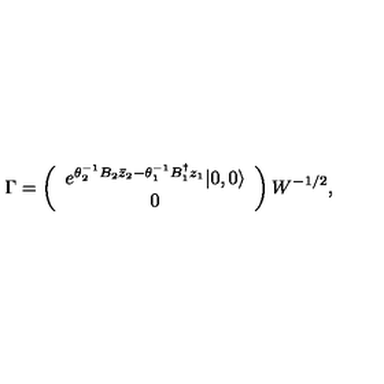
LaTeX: \Gamma = \left( \begin{array} { c } { e ^ { \theta _ { 2 } ^ { - 1 } B _ { 2 } \bar { z } _ { 2 } - \theta _ { 1 } ^ { - 1 } B _ { 1 } ^ { \dag } z _ { 1 } } | 0 , 0 \rangle } \\ { 0 } \\ \end{array} \right) W ^ { - 1 / 2 } ,